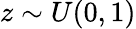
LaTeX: z\sim U(0,1)